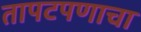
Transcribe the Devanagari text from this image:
तापटपणाचा